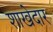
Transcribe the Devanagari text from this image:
शाखेदार